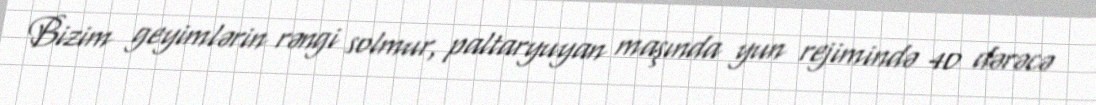
Bizim geyimlərin rəngi solmur, paltaryuyan maşında yun rejimində 40 dərəcə